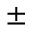
\pm